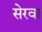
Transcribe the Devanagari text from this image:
सेरवा